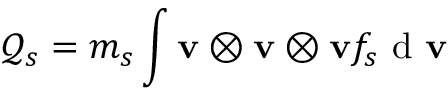
\mathcal { Q } _ { s } = m _ { s } \int \mathbf { v } \otimes \mathbf { v } \otimes \mathbf { v } f _ { s } \mathrm { ~ d ~ } \mathbf { v }